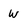
Character: W